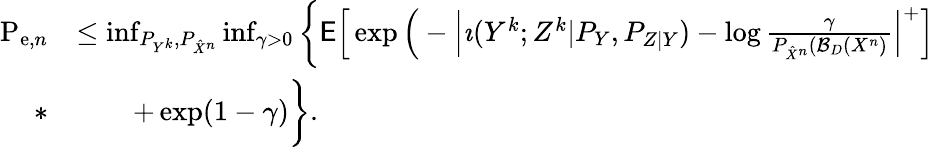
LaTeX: \begin{array}{rl}{\mathrm{P}_{\mathrm{e},n}}&{\leq\operatorname*{inf}_{P_{Y^{k}},P_{\hat{X}^{n}}}\operatorname*{inf}_{\gamma>0}\bigg\{ \mathsf{E}\Big[\exp\Big(-\Big|\imath(Y^{k};Z^{k}|P_{Y},P_{Z|Y})-\log\frac{\gamma}{P_{\hat{X}^{n}}(\mathcal{B}_{D}(X^{n})}\Big|^{+}\Big]}\\ {*}&{\qquad+\exp(1-\gamma)\bigg\} .}\end{array}